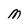
Character: M